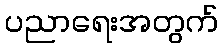
ပညာရေးအတွက်